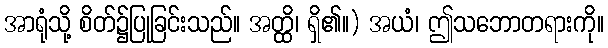
အာရုံသို့ စိတ်၌ပြုခြင်းသည်။ အတ္ထိ၊ ရှိ၏။) အယံ၊ ဤသဘောတရားကို။